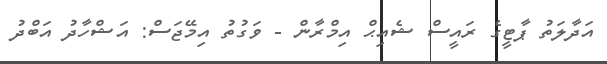
އަދާލަތު ޕާޓީގެ ރައީސް ޝެއިޙް އިމްރާން - ވަގުތު އިމޭޖަސް: އަޝްހާދު އަބްދު